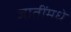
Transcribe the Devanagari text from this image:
जातींमधे